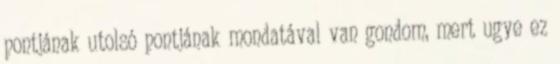
pontjának utolsó pontjának mondatával van gondom, mert ugye ez